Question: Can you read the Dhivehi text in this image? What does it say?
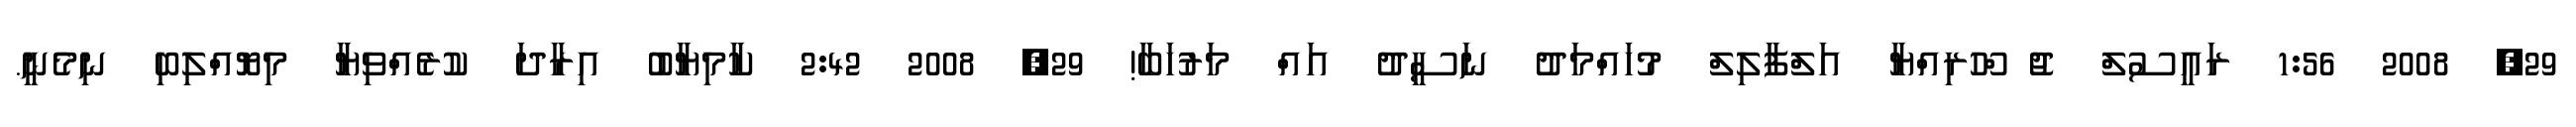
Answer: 29, 2008 1:56 ރައީސުލް ޖު ްހޫރިއްޔާ އަލްފާލިލް މުހައްމަދު ނަސީދު އައް މަރުހަބާ! 29, 2008 2:42 ކާމިޔާބު އިރާދަ ކުރެއްވިޔާ މިޔޮއްލިބި ނިމެނީ.